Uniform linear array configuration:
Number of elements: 48
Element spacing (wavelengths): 0.5
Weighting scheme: binomial
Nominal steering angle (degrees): -30
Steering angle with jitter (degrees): -30.974
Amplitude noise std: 0.05
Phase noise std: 0.05

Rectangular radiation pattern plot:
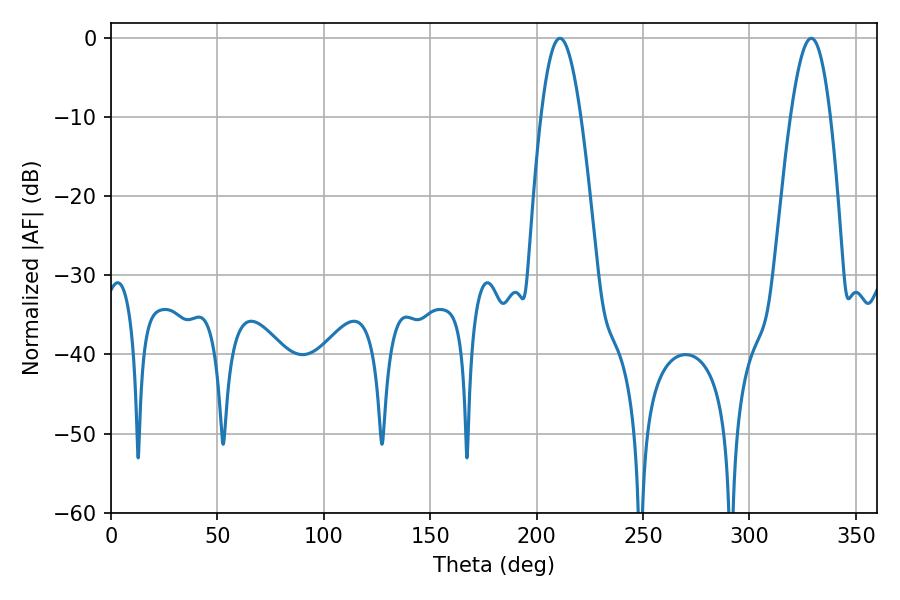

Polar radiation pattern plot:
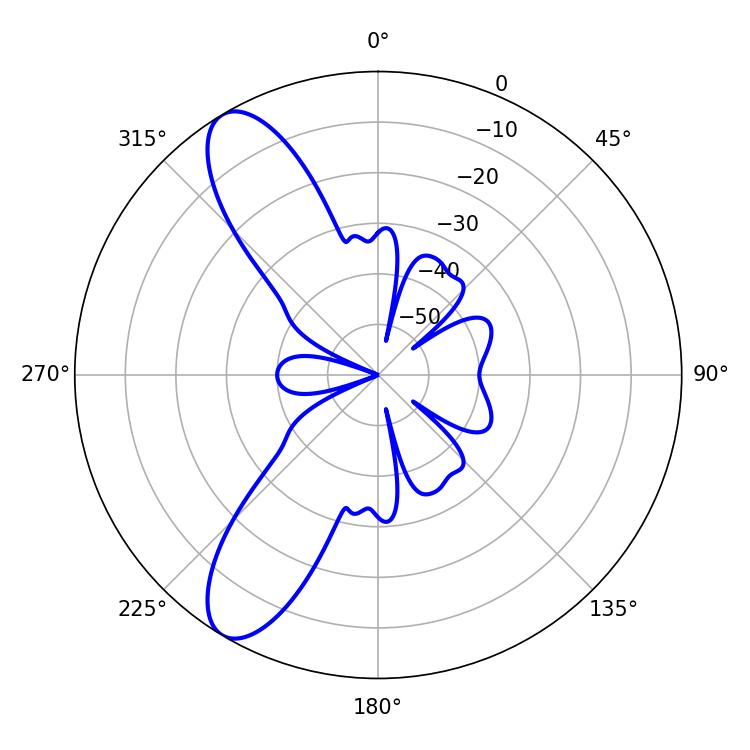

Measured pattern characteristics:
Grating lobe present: FALSE
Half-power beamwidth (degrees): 10.08
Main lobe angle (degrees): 210.96